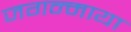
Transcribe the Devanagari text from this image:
जगन्माया